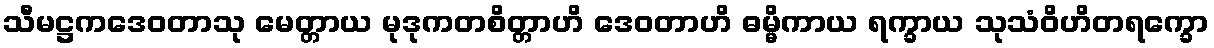
သီမဋ္ဌကဒေဝတာသု မေတ္တာယ မုဒုကတစိတ္တာဟိ ဒေဝတာဟိ ဓမ္မိကာယ ရက္ခာယ သုသံဝိဟိတရက္ခော